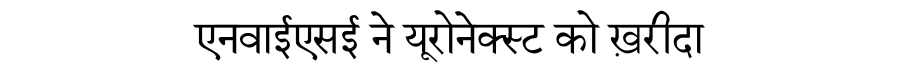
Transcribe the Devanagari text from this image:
एनवाईएसई ने यूरोनेक्स्ट को ख़रीदा